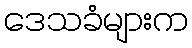
ဒေသခံများက